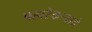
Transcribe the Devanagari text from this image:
पहारेकर्‍याने